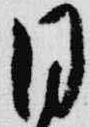
同